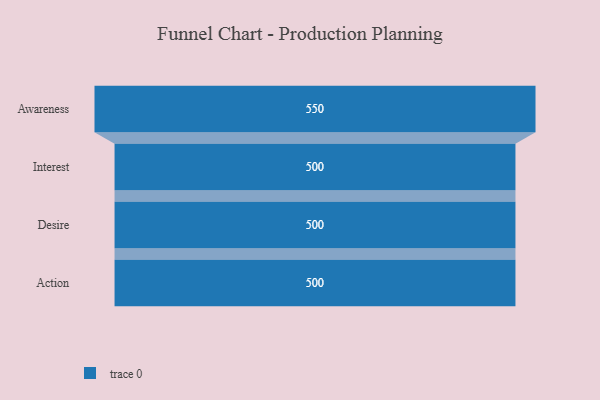
{"axis": {"x": "Stage", "y": "Value"}, "legend": [""], "data": [{"x": "Awareness", "y": 550.0, "type": ""}, {"x": "Interest", "y": 500, "type": ""}, {"x": "Desire", "y": 500, "type": ""}, {"x": "Action", "y": 500, "type": ""}]}